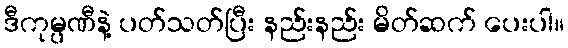
ဒီကုမ္ပဏီနဲ့ ပတ်သတ်ပြီး နည်းနည်း မိတ်ဆက် ပေးပါ။